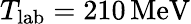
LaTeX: T_{\mathrm{lab}}=210\, \mathrm{MeV}